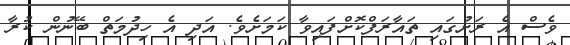
ވެސް އެ ރަށުގައި ތައާރަފްކޮށްފައިވާ ކަމަށެވެ. އަދި އެ ހިދުމަތް ބޭނުން ކުރާ